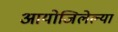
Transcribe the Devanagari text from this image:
आयोजिलेल्या